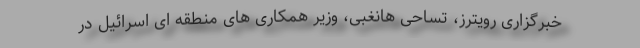
خبرگزاری رویترز، تساحی هانغبی، وزیر همکاری های منطقه ای اسرائیل در